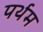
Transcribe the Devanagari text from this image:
पर्थम